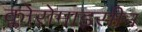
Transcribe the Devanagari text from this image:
क्लोरोमाइसीन